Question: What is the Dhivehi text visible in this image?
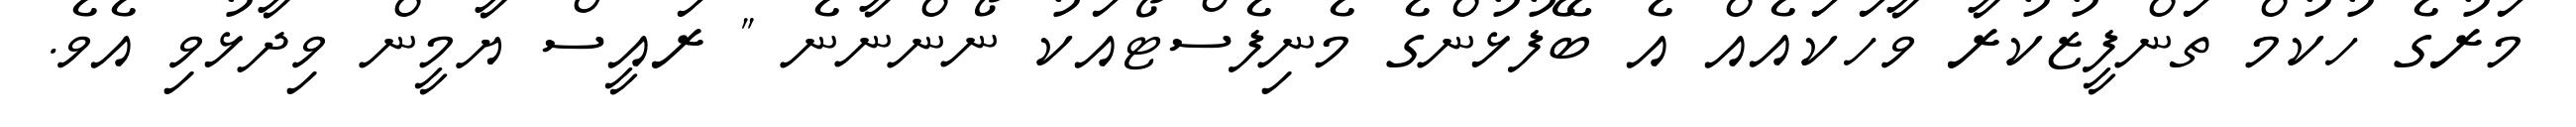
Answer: މަރުގެ ހުކުމް ތަންފީޒުކުރާ ވާހަކައެއް އެ ބޭފުޅުންގެ މެނިފެސްޓޯއަކު ނޯންނާނެ " ރައީސް ޔާމީން ވިދާޅުވި އެވެ.